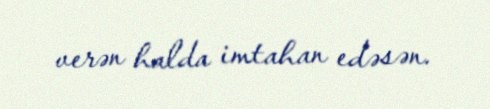
verən halda imtahan edəsən.